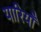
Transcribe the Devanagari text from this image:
यारियाँ